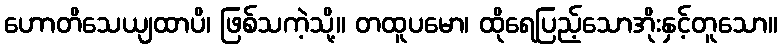
ဟောတိသေယျထာပိ၊ ဖြစ်သကဲ့သို့။ တထူပမော၊ ထိုရေပြည့်သောအိုးနှင့်တူသော။